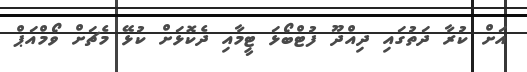
އަށް ކުރާ ދަތުގައި ދިިއްދޫ ފުޓްބޯޅަ ޓީމާއި ދެކޮޅަށް ކުޅޭ މެޗަށް ވޯމްއަޕް